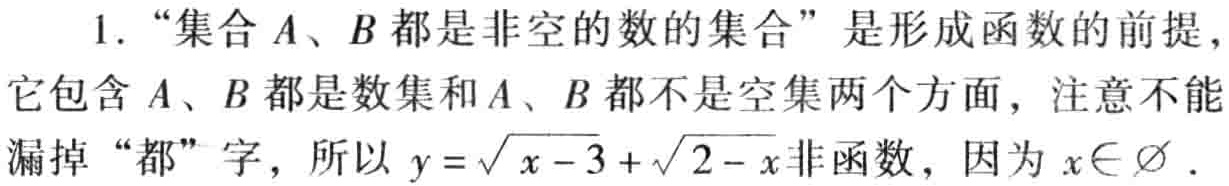
1. “集合\(A\)、\(B\)都是非空的数的集合”是形成函数的前提，它包含\(A\)、\(B\)都是数集和\(A\)、\(B\)都不是空集两个方面，注意不能漏掉“都”字，所以\(y = \sqrt{x - 3}+\sqrt{2 - x}\)非函数，因为\(x\in \varnothing\)．